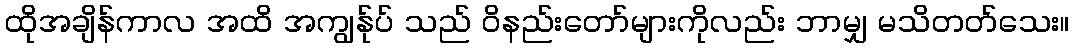
ထိုအချိန်ကာလ အထိ အကျွန်ုပ် သည် ဝိနည်းတော်များကိုလည်း ဘာမျှ မသိတတ်သေး။